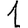
Digit: 1